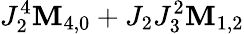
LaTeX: J_{2}^{4}\mathbf{M}_{4,0}+J_{2}J_{3}^{2}\mathbf{M}_{1,2}